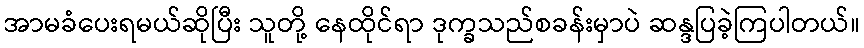
အာမခံပေးရမယ်ဆိုပြီး သူတို့ နေထိုင်ရာ ဒုက္ခသည်စခန်းမှာပဲ ဆန္ဒပြခဲ့ကြပါတယ်။